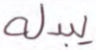
يبدله